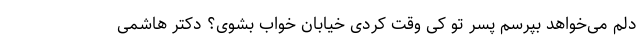
دلم می‌خواهد بپرسم پسر تو کی وقت کردی خیابان خواب بشوی؟ دکتر هاشمی